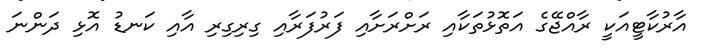
އާރުކާޓީއަކީ ރާއްޖޭގެ އަތޮޅުތަކާއި ރަށްރަށާއި ފަރުފަރާއި ގިރިގިރި އާއި ކަނޑު އޮޅި ދަންނަ